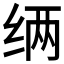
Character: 𮉧